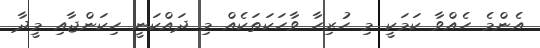
އެންމެ ހެއްވާ ކަމަކީ މި ހުރިހާ ވާހަކަތަކެއް މި ދައްކަނީ ހިކަންޖާއި މީދާ